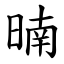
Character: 暔